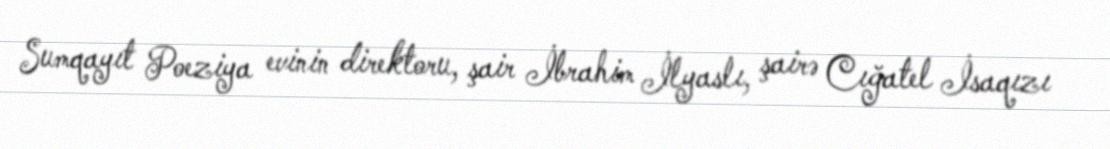
Sumqayıt Poeziya evinin direktoru, şair İbrahim İlyaslı, şairə Cığatel İsaqızı